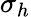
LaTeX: \sigma_{h}